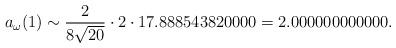
LaTeX: \begin{align*}a_{\omega}(1) \sim \frac{2}{8\sqrt{20}}\cdot 2\cdot 17.888543820000 = 2.000000000000.\end{align*}